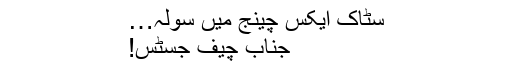
سٹاک ایکس چینج میں سولہ…
جناب چیف جسٹس!